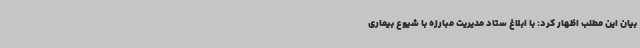
بیان این مطلب اظهار کرد: با ابلاغ ستاد مدیریت مبارزه با شیوع بیماری